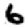
Digit: 6